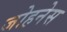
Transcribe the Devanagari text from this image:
जोहनेस